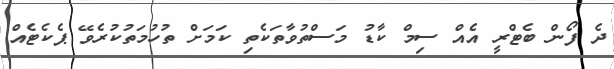
ދެ ފޯން ބެޓްރީ އެއް ސިމް ކާޑު މަސްތުވާތަކެތި ކަމަށް ތުހުމަތުކުރެވޭ ޕެކެޓެއް